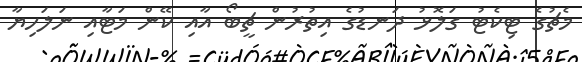
މެޗުގެ ޓިކެޓު ގަލޮޅު ދަނޑުގެ އިތުރުން ޗީބޯ އާއި ކޭން މަޓާއި ނަލަހިޔާ